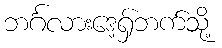
ဘင်္ဂလားဒေ့ရှ်ဘက်သို့